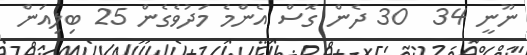
ނޫނީ 34  30 ދެން ގޮސް އެންމެ މަދުވެގެން 25 ބިލިއަން